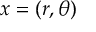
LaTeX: x = ( r , \theta )